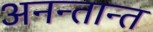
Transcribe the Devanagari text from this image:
अनन्तान्त